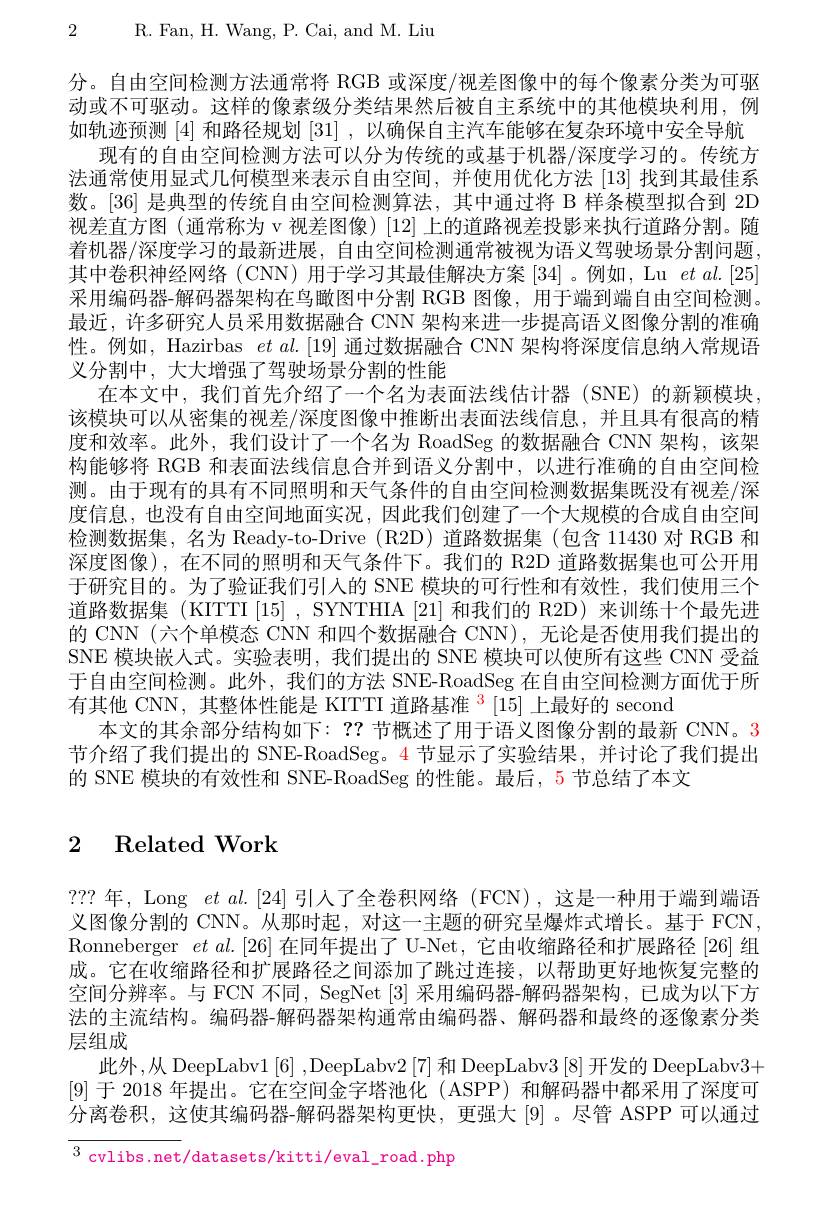
2 R. Fan, H. Wang, P. Cai, and M. Liu

分。自由空间检测方法通常将 RGB 或深度/视差图像中的每个像素分类为可驱动或不可驱动。这样的像素级分类结果然后被自主系统中的其他模块利用，例如轨迹预测[4]和路径规划[31] ,以确保自主汽车能够在复杂环境中安全导航
现有的自由空间检测方法可以分为传统的或基于机器/深度学习的。传统方法通常使用显式几何模型来表示自由空间，并使用优化方法[13]找到其最佳系数。[36] 是典型的传统自由空间检测算法，其中通过将 B 样条模型拟合到 2D 视差直方图 (通常称为 v 视差图像) [12] 上的道路视差投影来执行道路分割。随着机器/深度学习的最新进展，自由空间检测通常被视为语义驾驶场景分割问题， 其中卷积神经网络(CNN)用于学习其最佳解决方案[34]。例如，Lu $etal.[25]$ 采用编码器-解码器架构在鸟瞰图中分割 RGB 图像，用于端到端自由空间检测。最近，许多研究人员采用数据融合 CNN 架构来进一步提高语义图像分割的准确性。例如，Hazirbas $etal.[19]$通过数据融合 CNN 架构将深度信息纳人常规语义分割中，大大增强了驾驶场景分割的性能
在本文中，我们首先介绍了一个名为表面法线估计器 (SNE)的新颖模块该模块可以从密集的视差/深度图像中推断出表面法线信息，并且具有很高的精度和效率。此外，我们设计了一个名为 RoadSeg 的数据融合 CNN 架构，该架构能够将 RGB 和表面法线信息合并到语义分割中，以进行准确的自由空间检测。由于现有的具有不同照明和天气条件的自由空间检测数据集既没有视差/深度信息，也没有自由空间地面实况，因此我们创建了一个大规模的合成自由空间检测数据集，名为 Ready-to-Drive (R2D) 道路数据集 (包含 11430 对 RGB 和深度图像),在不同的照明和天气条件下。我们的 R2D 道路数据集也可公开用于研究目的。为了验证我们引人的 SNE 模块的可行性和有效性，我们使用三个道路数据集 (KITTTI[15],SYNTHIA[21]和我们的 R2D)来训练十个最先进的 CNN(六个单模态 CNN 和四个数据融合 CNN),无论是否使用我们提出的SNE 模块嵌人式。实验表明，我们提出的 SNE 模块可以使所有这些 CNN 受益于自由空间检测。此外，我们的方法 SNE-RoadSeg 在自由空间检测方面优于所有其他 CNN, 其整体性能是 KITTI 道路基准$^{\color{red}{3}}[15]$上最好的 second
本文的其余部分结构如下：??节概述了用于语义图像分割的最新 CNN。3节介绍了我们提出的 SNE-RoadSeg。4 节显示了实验结果，并讨论了我们提出的 SNE 模块的有效性和 SNE-RoadSeg 的性能。最后，5 节总结了本文

## 2 Related Work

??? 年，Long $etal.[24]$引人了全卷积网络(FCN),这是一种用于端到端语义图像分割的 CNN。从那时起，对这一主题的研究呈爆炸式增长。基于 FCN, Ronneberger $etal.[26]$在同年提出了 U-Net,它由收缩路径和扩展路径 [26]组成。它在收缩路径和扩展路径之间添加了跳过连接，以帮助更好地恢复完整的空间分辨率。与 FCN 不同，SegNet [3] 采用编码器-解码器架构，已成为以下方法的主流结构。编码器-解码器架构通常由编码器、解码器和最终的逐像素分类层组成
此外，从 DeepLabv1[6] ,DeepLabv2[7] 和 DeepLabv3[8] 开发的 DeepLabv3+ [9]于 2018 年提出。它在空间金字塔池化 (ASPP) 和解码器中都采用了深度可分离卷积，这使其编码器-解码器架构更快，更强大[9]。尽管 ASPP 可以通过

$^{3}$ cvlibs.net/datasets/kitti/eval\_road.php